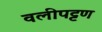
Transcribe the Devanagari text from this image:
वलीपट्टण